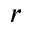
r